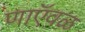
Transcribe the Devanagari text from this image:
णाऍवळ